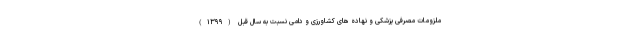
ملزومات مصرفی پزشکی و نهاده های کشاورزی و دامی نسبت به سال قبل (۱۳۹۹)